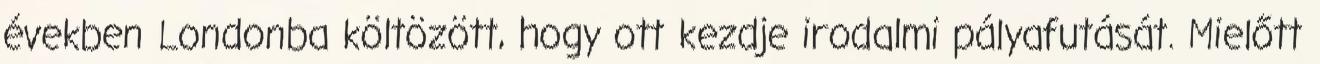
években Londonba költözött, hogy ott kezdje irodalmi pályafutását. Mielőtt